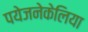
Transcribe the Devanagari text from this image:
पयेजनेकेलिया